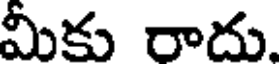
మీకు రాదు.